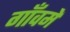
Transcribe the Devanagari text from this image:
गाँवमें